Civil Veterinary Department. Madras. Admin. report 1926-33 - 1926-1933
Year: 1926
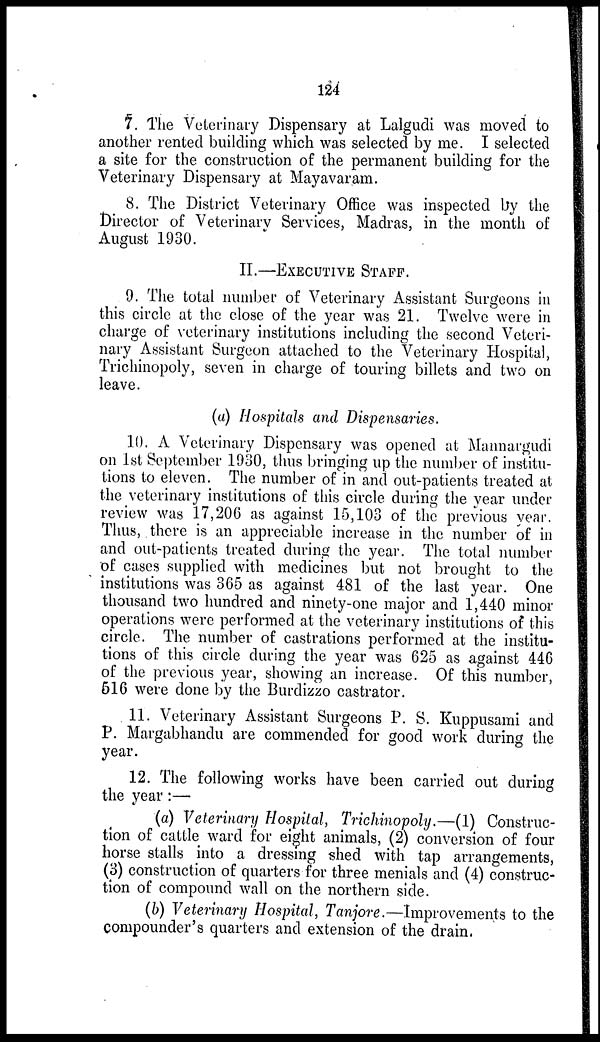
124
7. The Veterinary Dispensary at Lalgudi was moved to
another rented building which was selected by me. I selected
a site for the construction of the permanent building for the
Veterinary Dispensary at Mayavaram.
8. The District Veterinary Office was inspected by the
Director of Veterinary Services, Madras, in the month of
August 1930.
II.—EXECUTIVE STAFF.
9. The total number of Veterinary Assistant Surgeons in
this circle at the close of the year was 21. Twelve were in
charge of veterinary institutions including the second Veteri-
nary Assistant Surgeon attached to the Veterinary Hospital,
Trichinopoly, seven in charge of touring billets and two on
leave.
(a) Hospitals and Dispensaries.
10. A Veterinary Dispensary was opened at Mannargudi
on 1st September 1930, thus bringing up the number of institu-
tions to eleven. The number of in and out-patients treated at
the veterinary institutions of this circle during the year under
review was 17,206 as against 15,103 of the previous year.
Thus, there is an appreciable increase in the number of in
and out-patients treated during the year. The total number
of cases supplied with medicines but not brought to the
institutions was 365 as against 481 of the last year. One
thousand two hundred and ninety-one major and 1,440 minor
operations were performed at the veterinary institutions of this
circle. The number of castrations performed at the institu-
tions of this circle during the year was 625 as against 446
of the previous year, showing an increase. Of this number,
516 were done by the Burdizzo castrator.
11. Veterinary Assistant Surgeons P. S. Kuppusami and
P. Margabhandu are commended for good work during the
year.
12. The following works have been carried out during
the year:—
(a) Veterinary Hospital, Trichinopoly.—(1) Construc-
tion of cattle ward for eight animals, (2) conversion of four
horse stalls into a dressing shed with tap arrangements,
(3) construction of quarters for three menials and (4) construc-
tion of compound wall on the northern side.
(b) Veterinary Hospital, Tanjore.—Improvements to the
compounder's quarters and extension of the drain.